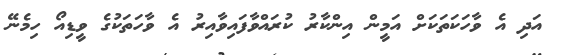
އަދި އެ ވާހަކަތަކަށް އަމީން އިންކާރު ކުރައްވާފައިވާއިރު އެ ވާހަތަކުގެ ވީޑިއޯ ހިމެނޭ